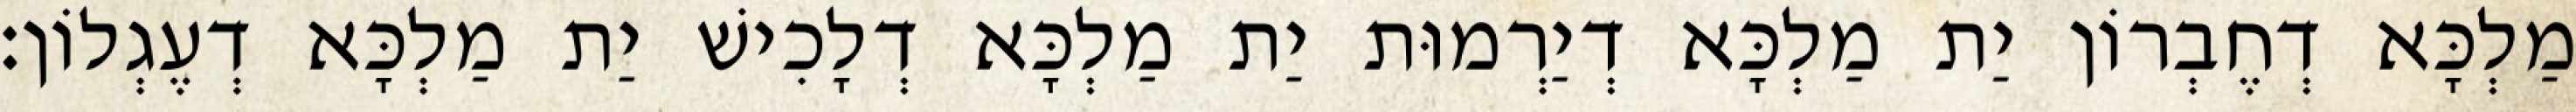
מַלְכָּא דְחֶבְרוֹן יַת מַלְכָּא דְיַרְמוּת יַת מַלְכָּא דְלָכִישׁ יַת מַלְכָּא דְעֶגְלוֹן׃